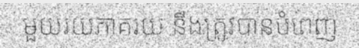
មួយរយភាគរយ នឹងត្រូវបានបំពេញ